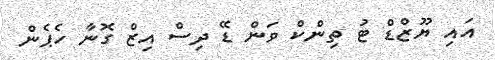
އައި ޔޫޒްޑް ޓު ތިންކް ވަން ޑޭ ދިސް އިޒް ގޮނާ ހެޕެން